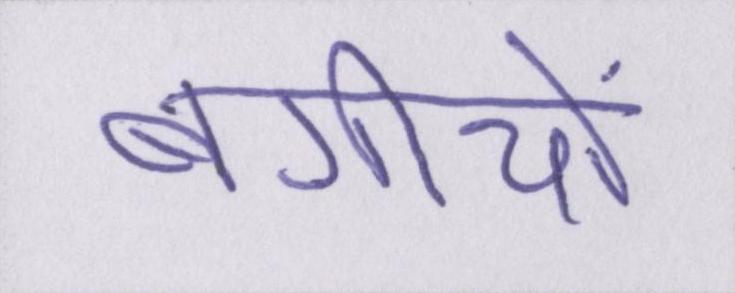
बगीचों